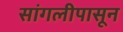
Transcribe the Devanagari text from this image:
सांगलीपासून